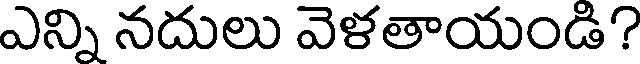
ఎన్ని నదులు వెళతాయండి?